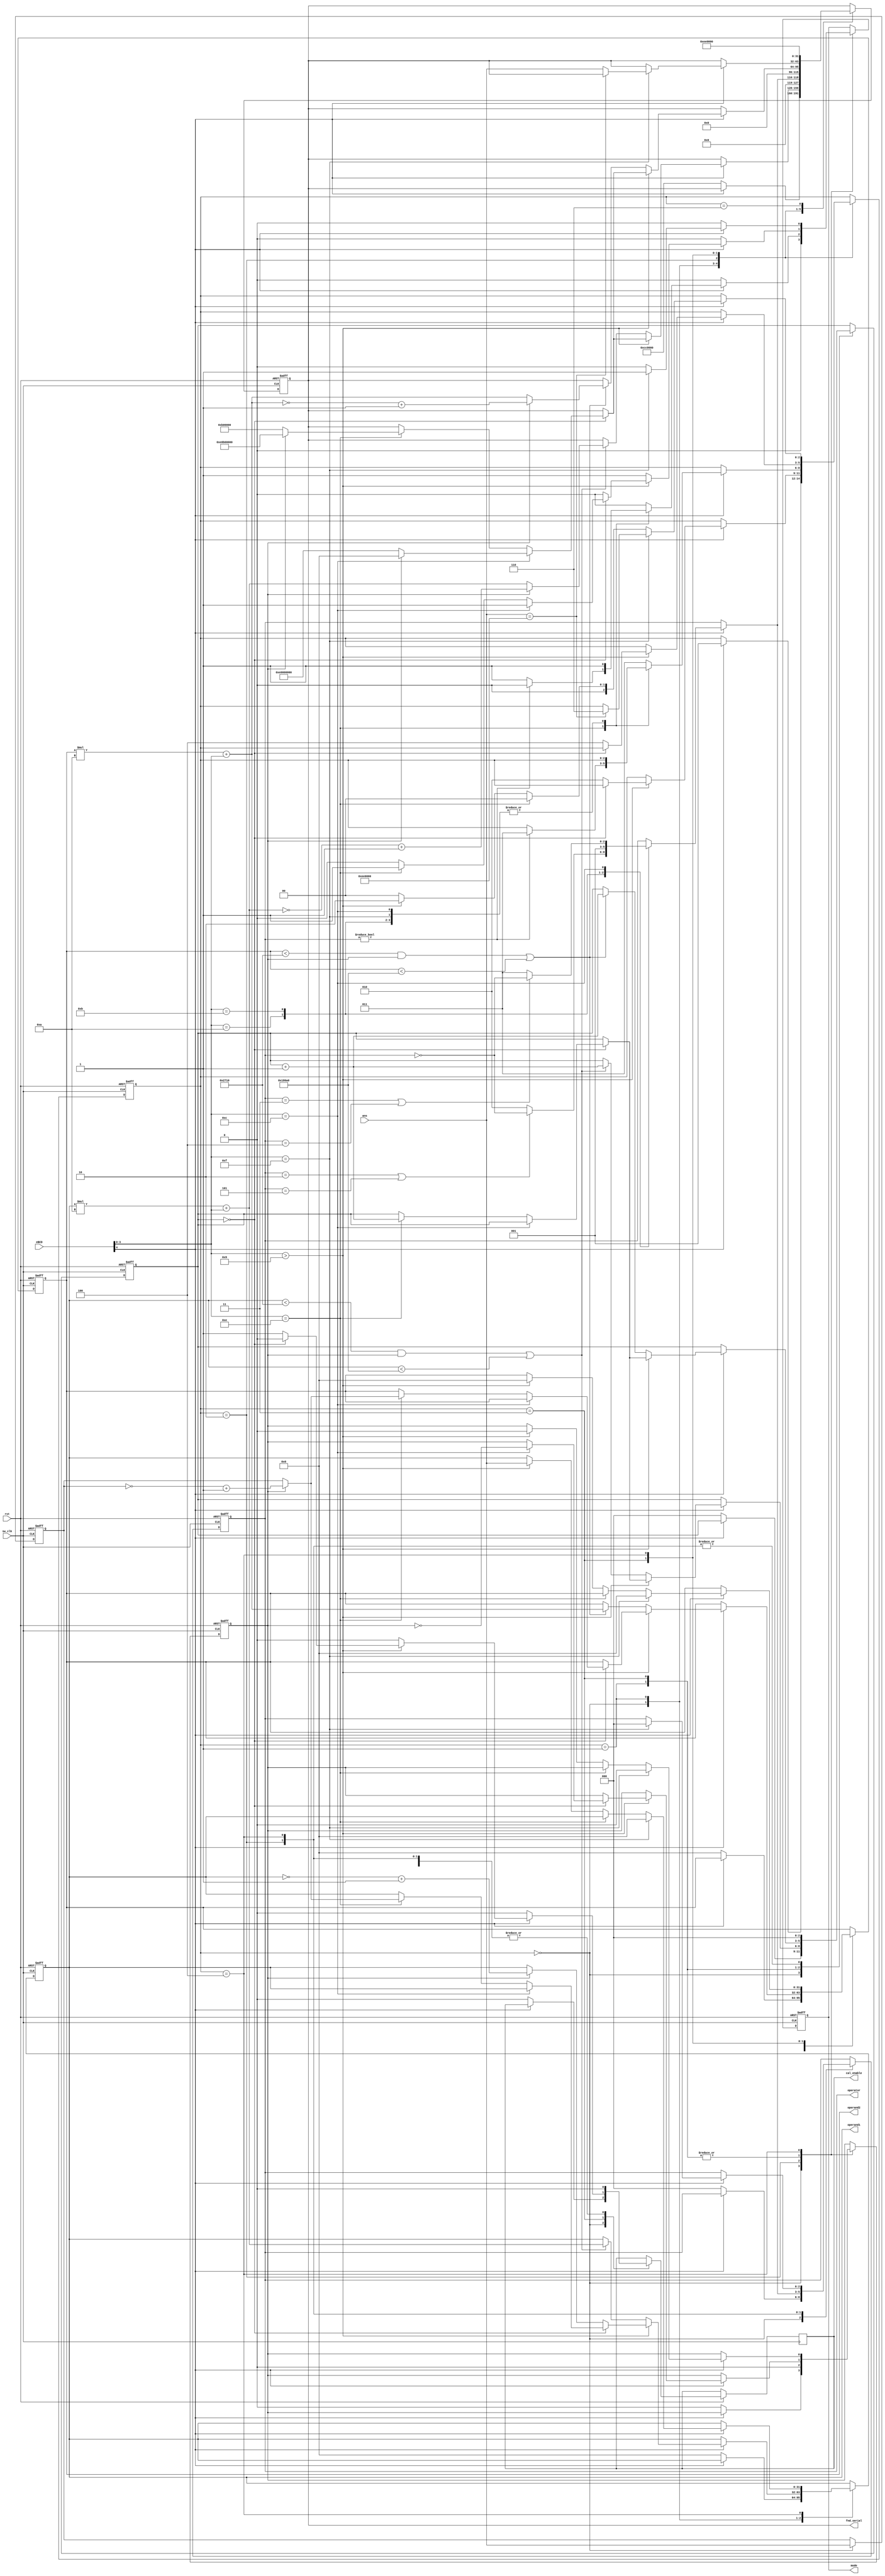
module interface(sw_clk, rst, eBCD, ans, mode, operand1, operand2, operator, cal_enable, fnd_serial);
	input sw_clk;						//switch clk
	/*key input*/
	input rst;							// reset
	input [4:0]	eBCD;					// 
	output reg mode;					//    0:only read, 1:read and delete
	/*claculate var*/
	input [31:0] ans;					// 
	output reg  [31:0]	operand1 = 0;	//
	output reg  [31:0]	operand2 = 0;	//
	output reg	 [2:0]	operator = 3;	//
	output reg			cal_enable = 0;	// enable
	/*segment serial*/
	output reg	[31:0]	fnd_serial;		//segment  


	/*  operator code*/
	localparam EQU		= 3'b000;
	localparam TIMES	= 3'b001;
	localparam DIV		= 3'b010;
	localparam PLUS		= 3'b011;
	localparam MINUS	= 3'b100;
	localparam MOD		= 3'b101;
	/*
	* eBCD code mapping
	*   1bit  enable
	* 0 1 2 3 4 5 6 7 8 9 a  b c  d  e   f
	* 0 1 2 3 4 5 6 7 8 9 /% * +- AC ans =
	*/	


	/*System state*/
	/*
		0: ideal
		1: waiting for operand1
		2: waiting for operand2
		3: waiting for calculation result

		System state circulate 0 -> 1 -> (2 -> 3 -> 4 ->) before enter '=' key!
	*/
	localparam ideal		= 0;	// 
	localparam operand1_in	= 1;	//   
	localparam operator_in	= 2;
	localparam operand2_in	= 3;
	localparam calculating	= 4;
	localparam result		= 5;
	localparam ERROR		= 6;
	reg [2:0]	state = ideal;			//System state


	/*Buffer*/
	reg 		signBit		= 0;	//  
	reg	[31:0]	mem;				//ans 
	reg [2:0]   cnt_input	= 0;	// 
	
	/*buffer */
	always @(posedge sw_clk, negedge rst) begin
		if (~rst) begin
			/*reset state*/
			state		<= ideal;		// 
			/*reset buffer*/
			signBit		<= 0;			//  
			mem			<= 0;			//memory 
			mode		<= 0;
			/*reset calculator input*/
			operand1	<= 0;			// 
			operand2	<= 0;			// 
			operator	<= 0;			// 
			cnt_input	<= 0;			//  
			/*reset segment serial*/
			fnd_serial = 'h00CC_0000;	//segment 
		end
		else begin
			case(state)
				ideal : begin					// 
					mem <= ans;
					mode = 0;					//buffer   read only;
					if (eBCD[4]) begin				//    
						state <= operand1_in;		//state   
					end
					else begin
						/*reset calculator input*/
						operand1	<= 0;			// 
						operand2	<= 0;			// 
						operator	<= 0;			// 
						cnt_input	<= 0;			//  
						cal_enable	<= 0;
						signBit		<= 0;			//  
						fnd_serial = 'h00CC_0000;	//------ 
					end
				end

				operand1_in : begin				//   
					cal_enable	<= 0;			// enable off
					mode = 0;					//buffer   read only;
					if (eBCD[4]) begin			//buffer    
						/* */
						if(eBCD[3:0] > 'h9) begin
							/*       */
							if (!cnt_input) begin
								/*   */
								if (eBCD[3:0] == 'hc) begin	// 
									signBit = ~signBit;			//  
									mode = 1;					//buffer  
									if (signBit) begin
										fnd_serial = 'hE000_0000;	//segment -0 
									end else begin
										fnd_serial = 'h0000_0000;	//segment 0 
									end
								end
								/*  ans */
								else if (eBCD[3:0] == 'he) begin	//ans 
									/* +  */
									if (signBit) begin
										operand1 <= ~mem + 1;
										fnd_serial = 'hE0B0_0000;	//-ANS 
									end else begin
										operand1 <= mem;
										fnd_serial = 'h00B0_0000;	//ANS 
									end
									cnt_input <= cnt_input +1;		//  
									mode = 1;					//buffer  						
								end
							end
							/*     */
							else begin
								if (signBit)
									operand1 = ~operand1 + 1;
								state <= operator_in;			//  
							end
						end
						/* */
						else begin
							//        
							if ((operand1 < 10_000 && signBit) || operand1 < 100_000) begin
								operand1 = operand1 * 10 + eBCD[3:0];
								cnt_input <= cnt_input +1;		//  
								/* +  */
								if (signBit)
									fnd_serial = ~operand1 + 1;
								else
									fnd_serial = operand1;
							end
							mode = 1;					//buffer  
						end
					end
				end

				operator_in : begin				//  
					cal_enable	<= 0;			// enable off
					mode = 0;					//buffer   read only;
					signBit		= 0;			//sign  
					cnt_input	= 0;			//  
					
					if (eBCD[4]) begin
						case(eBCD[3:0])
							'ha: /* /% */ begin
								operator = (operator == DIV) || (operator == MOD) ? ~operator : DIV;
								mode = 1;					//buffer  
							end
							'hb: /* * */ begin
								operator = TIMES;
								mode = 1;					//buffer  
							end
							'hc: /* +- */ begin
								operator = (operator == PLUS) || (operator == MINUS) ? ~operator : PLUS;
								mode = 1;					//buffer  
							end
							'he: /* ans */ begin
								if (operator) begin				//   
									state <= operand2_in;	//   
								end
								else begin
									mode = 1;				//buffer  
								end
							end
							'hf: /* = */ begin
								mode = 1;					//buffer  
							end
							default: state <= operand2_in;	//   
						endcase
					end
					fnd_serial = {operator, 20'h0_0000};
				end

				operand2_in : begin			//   
					cal_enable	<= 0;			// enable off
					mode = 0;					//buffer   read only;
					if (eBCD[4]) begin
						/* */
						if (eBCD[3:0] > 'h9) begin		// 
							/*       
							*   0    
							*/
							if (!cnt_input) begin
								/*   */
								if (eBCD[3:0] == 'hc) begin	// 
									signBit = ~signBit;			//  
									mode = 1;					//buffer  
									if (signBit) begin
										fnd_serial = 'hE000_0000;	//segment -0 
									end else begin
										fnd_serial = 'h0000_0000;	//segment 0 
									end
								end
								/*  ans */
								else if (eBCD[3:0] == 'he) begin	//ans 
									/* +  */
									if (signBit) begin
										operand2 = ~mem + 1;
										fnd_serial = 'hE0B0_0000;	//-ANS 
									end else begin
										operand2 = mem;
										fnd_serial = 'h00B0_0000;	//ANS 
									end
									cnt_input <= cnt_input +1;		//  
									mode = 1;					//buffer  
								end
							end
							else begin
								cal_enable	<= 1;				//ans 
								state <= calculating;			// 
							end
						end
						/* */
						else begin
						//       
							if ((operand2 < 10_000 && signBit) || operand2 < 100_000) begin	//   
								operand2 = operand2 * 10 + eBCD[3:0];
								cnt_input <= cnt_input +1;		//  
								/* +  */
								if (signBit)
									fnd_serial = ~operand2 + 1;
								else
									fnd_serial = operand2;
							end
							mode = 1;					//buffer  
						end
					end
				end

				calculating : begin			//  
					cnt_input	<= 0;		//  
					cal_enable	<= 0;
					mode = 0;					//buffer   read only;
					if (eBCD[4]) begin
						/*   */
						if(eBCD[3:0] == 'hf) begin	//  
							/*overflow */
							if (ans == 'h00EE_0000)
								state <= ERROR;			//Error state 
							else
								fnd_serial = ans;		//  
							/*reset buffer*/
							signBit		<= 0;			//  
							/*reset calculator input*/
							operand1	<= 0;			// 
							operand2	<= 0;			// 
							operator	<= 0;			// 
							mode = 1;					//buffer  
						end
						/*  ans  */
						else if (eBCD[3:0] == 'he) begin
							state <= ideal;		//  
						end
						/*    */
						else if (eBCD[3:0] > 'h9) begin
							state <= operator_in;		//  
							operand1 <= ans;			//1 ans 
							operand2 <= 0;				// 
							signBit	 <= 0;				//sign  
						end
						/*      */
						else begin						//  
							state <= ideal;				// 
						end
					end
				end

				ERROR : begin
					//error
					fnd_serial = 'h00EE_0000;
				end
			endcase
		end
	end
endmodule